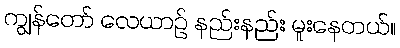
ကျွန်တော် လေယာဉ် နည်းနည်း မူးနေတယ်။